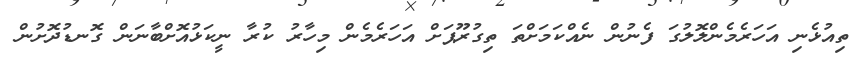
ތިއުޅެނި އަހަރެމެންލޮލުގަ ފެނުން ނެއްކަމަށްތަ ތިގުރޫޕަށް އަހަރެމެން މިހާރު ކުރާ ނީކަޅުއޮށްބާނަން ގޮނޑުދޮށުން